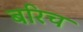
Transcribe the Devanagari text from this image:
बरिच